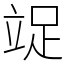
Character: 䇍